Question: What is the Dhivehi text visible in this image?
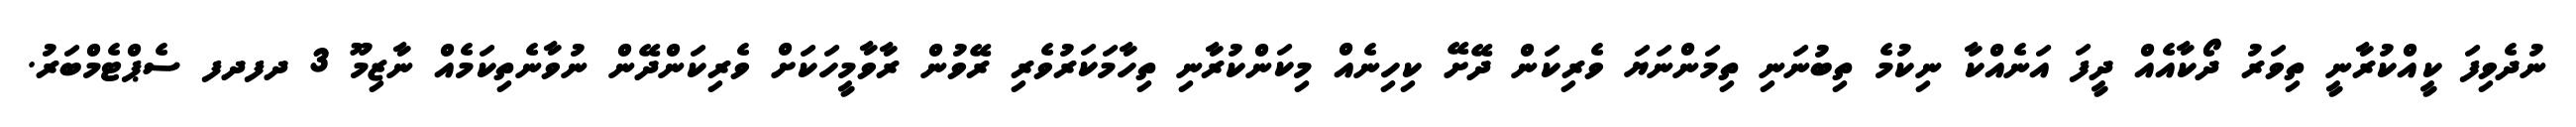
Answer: ނުދެވިފަ ކީއްކުރާނީ ތިވަރު ދޯކާއެއް ދީފަ އަނެއްކާ ނިކުމެ ތިބުނަނި ތިމަންނަޔަ ވެރިކަން ދޭށޭ ކިހިނެއް މިކަންކުރާނި ތިހާމަކަރުވެރި ރޭވުން ރާވާމީހަކަށް ވެރިކަންދޭން ނުވާނެތިކަމެއް ނާޒިމޫ 3 ދފދފ ސެޕްޓެމްބަރު.